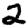
Digit: 2